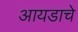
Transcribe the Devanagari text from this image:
आयडाचे